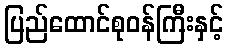
ပြည်ထောင်စုဝန်ကြီးနှင့်